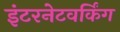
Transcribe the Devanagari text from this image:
इंटरनेटवर्किंग